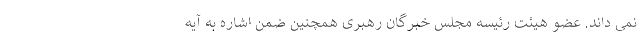
نمی داند. عضو هیئت رئیسه مجلس خبرگان رهبری همچنین ضمن اشاره به آیه